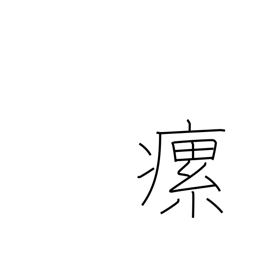
Meaning: swollen neck glands